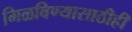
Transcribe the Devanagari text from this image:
मिळविण्यासाठीही